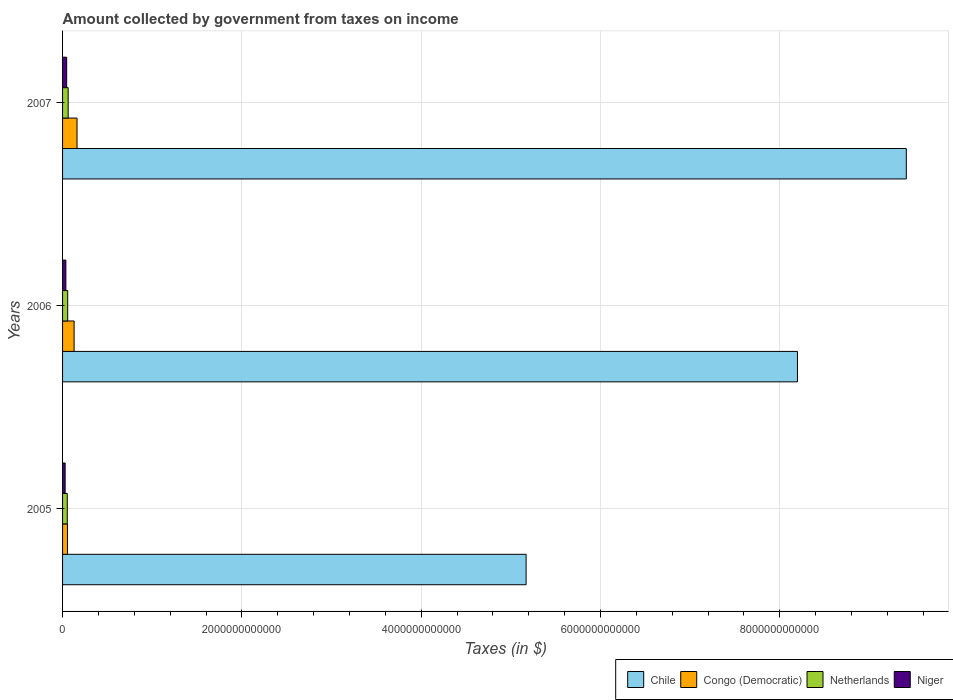
| Years | Chile | Congo (Democratic) | Netherlands | Niger |
 | --- | --- | --- | --- | --- |
 | 2005 | 5.17e+12 | 5.48e+10 | 5.26e+10 | 2.86e+10 |
 | 2006 | 8.2e+12 | 1.29e+11 | 5.74e+10 | 3.69e+10 |
 | 2007 | 9.41e+12 | 1.61e+11 | 6.25e+10 | 4.58e+10 |